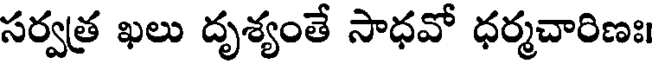
సర్వత్ర ఖలు దృశ్యంతే సాధవో ధర్మచారిణః।